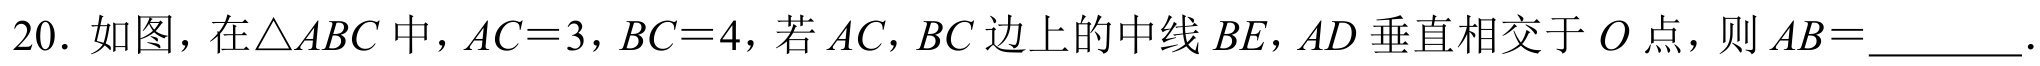
20. 如图，在$\triangle ABC$中，$AC = 3$，$BC = 4$，若$AC$，$BC$边上的中线$BE$，$AD$垂直相交于$O$点，则$AB =$________．